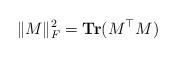
LaTeX: \begin{align*}\|M\|_F^2 = \mathbf{Tr}(M^{\top}M)\end{align*}